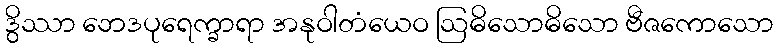
ဒွိဿာ ဘေဒပုရေက္ခာရာ အနုဝါတံယေဝ ဩဓိသောဓိသော ဗီဇကောသော